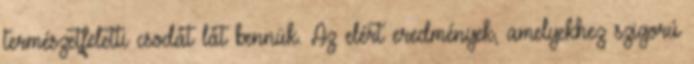
természetfeletti csodát lát bennük. Az elért eredmények, amelyekhez szigorú